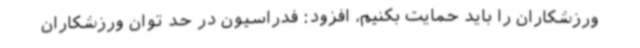
ورزشکاران را باید حمایت بکنیم، افزود: فدراسیون در حد توان ورزشکاران